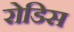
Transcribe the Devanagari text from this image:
रोडिस